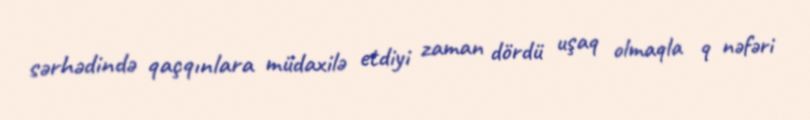
sərhədində qaçqınlara müdaxilə etdiyi zaman dördü uşaq olmaqla 9 nəfəri